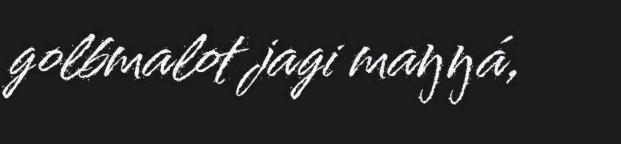
golbmalot jagi maŋŋá,